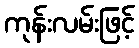
ကုန်းလမ်းဖြင့်